Piroplasma canis and its life cycle in the tick - Number 29
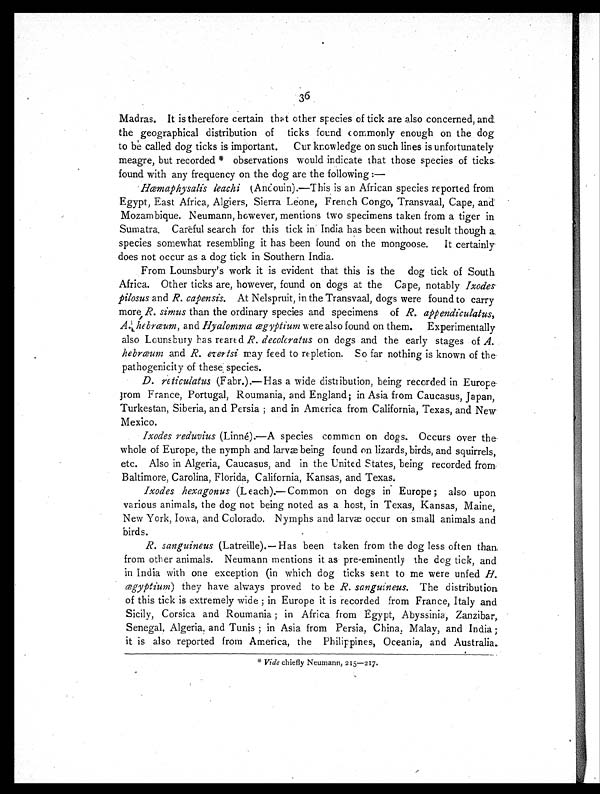
36
Madras. It is therefore certain that other species of tick are also concerned, and
the geographical distribution of ticks found commonly enough on the dog
to be called dog ticks is important. Cur knowledge on such lines is unfortunately
meagre, but recorded * observations would indicate that those species of ticks
found with any frequency on the dog are the following :—
Hæmaphysalis leachi (Andouin).—This is an African species reported from
Egypt, East Africa, Algiers, Sierra Leone, French Congo, Transvaal, Cape, and
Mozambique. Neumann, however, mentions two specimens taken from a tiger in
Sumatra. Careful search for this tick in India has been without result though a
species somewhat resembling it has been found on the mongoose. It certainly
does not occur as a dog tick in Southern India.
From Lounsbury's work it is evident that this is the dog tick of South
Africa. Other ticks are, however, found on dogs at the Cape, notably Ixodes
pilosus and R. capensis. At Nelspruit, in the Transvaal, dogs were found to carry
more R. simus than the ordinary species and specimens of R. appendiculatus,
A. hebræum, and Hyalomma ægyptium were also found on them. Experimentally
also Lounsbury has reared R. decolcratus on dogs and the early stages of A.
hebræum and R. evertsi may feed to repletion. So far nothing is known of the
pathogenicity of these species.
D. reticulatus (Fabr.).—Has a wide distribution, being recorded in Europe
from France, Portugal, Roumania, and England; in Asia from Caucasus, Japan,
Turkestan, Siberia, and Persia; and in America from California, Texas, and New
Mexico.
Ixodes reduvius (Linné).—A species common on dogs. Occurs over the
whole of Europe, the nymph and larvæ being found on lizards, birds, and squirrels,
etc. Also in Algeria, Caucasus, and in the United States, being recorded from
Baltimore, Carolina, Florida, California, Kansas, and Texas.
Ixodes hexagonus (Leach).—Common on dogs in Europe; also upon
various animals, the dog not being noted as a host, in Texas, Kansas, Maine,
New York, Iowa, and Colorado. Nymphs and larvæ occur on small animals and
birds.
R. sanguineus (Latreille).— Has been taken from the dog less often than
from other animals. Neumann mentions it as pre-eminently the dog tick, and
in India with one exception (in which dog ticks sent to me were unfed
H. ægyptium) they have always proved to be R. sanguineus. The distribution
of this tick is extremely wide; in Europe it is recorded from France, Italy and
Sicily, Corsica and Roumania; in Africa from Egypt, Abyssinia, Zanzibar,
Senegal, Algeria, and Tunis; in Asia from Persia, China, Malay, and India;
it is also reported from America, the Philippines, Oceania, and Australia.
*
V i d e
c h i e f l y N e u m a n n ,
2 1 5 — 2 1 7 .